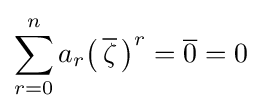
\sum _{r=0}^{n}a_{r}{\big (}\,{\overline {\zeta }}\,{\big )}^{r}={\overline {0}}=0